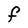
Character: F